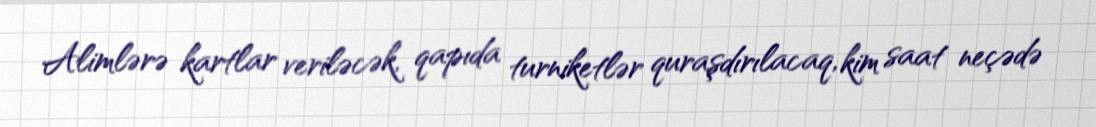
Alimlərə kartlar veriləcək, qapıda turniketlər quraşdırılacaq, kim saat neçədə